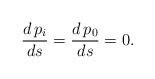
\begin{align*} \frac{d\, p_i}{ds} =\frac{d\, p_0}{ds} =0.\end{align*}